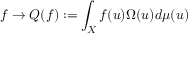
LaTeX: f \rightarrow Q ( f ) : = \int _ { X } f ( u ) \Omega ( u ) d \mu ( u )